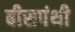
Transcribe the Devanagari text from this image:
बीसपंथी